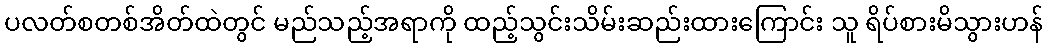
ပလတ်စတစ်အိတ်ထဲတွင် မည်သည့်အရာကို ထည့်သွင်းသိမ်းဆည်းထားကြောင်း သူ ရိပ်စားမိသွားဟန်